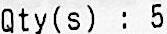
QTY(S) : 5